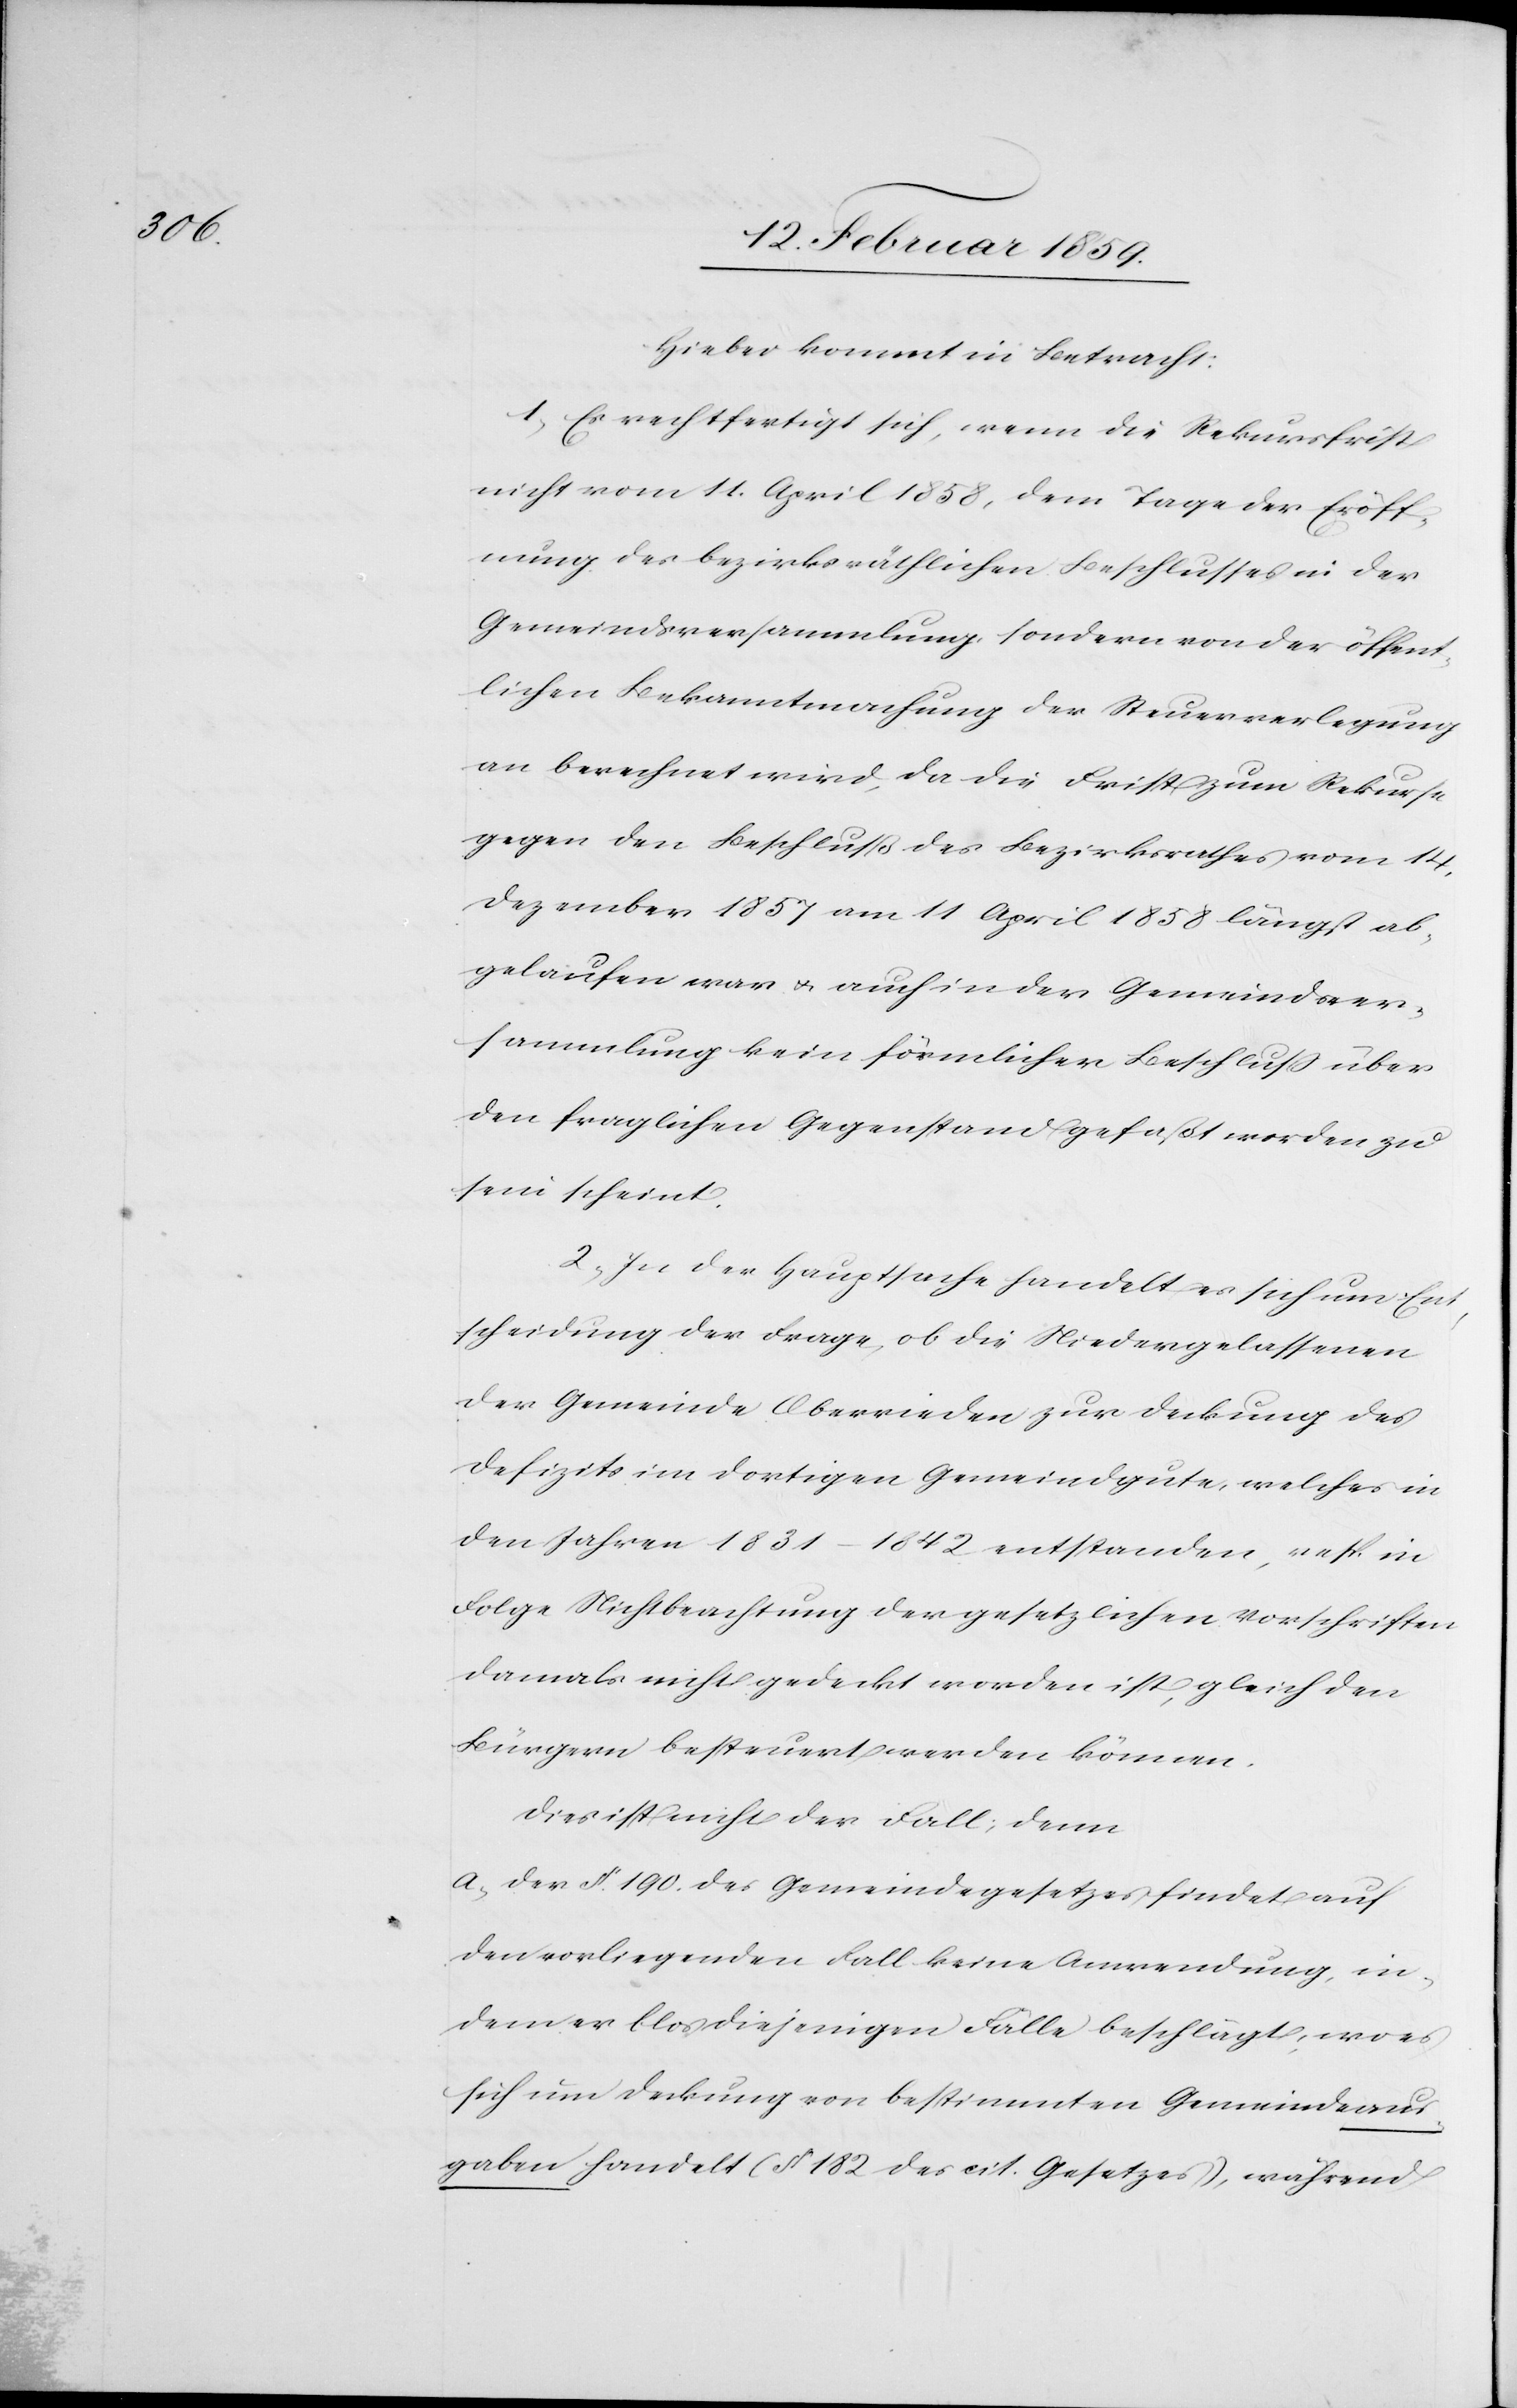
Hiebei kommt in Betracht:
1) Es rechtfertigt sich, wenn die Rekursfrist
nicht vom 11. April 1858, dem Tage der Eröff¬
nung des bezirksräthlichen Beschlusses in der
Gemeindsversammlung, sondern von der öffent¬
lichen Bekanntmachung der Steuerverlegung
an berechnet wird, da die Frist zum Rekurse
gegen den Beschluß des Bezirksrathes vom 14.
Dezember 1857 am 11 April 1858 längst ab¬
gelaufen war u. auch in der Gemeindsver¬
sammlung kein förmlicher Beschluß über
den fraglichen Gegenstand gefaßt worden zu
sein scheint.
2) In der Hauptsache handelt es sich um Ent¬
scheidung der Frage, ob die Niedergelassenen
der Gemeinde Oberrieden zur Deckung des
Defizits im dortigen Gemeindgute, welches in
den Jahren 1831–1842 entstanden, resp. in
Folge Nichtbeachtung der gesetzlichen Vorschriften
damals nicht gedeckt worden ist, gleich den
Bürgern besteuert werden können.
dies ist nicht der Fall; denn
a) der §. 190. des Gemeindegesetzes findet auf
den vorliegenden Fall keine Anwendung, in
dem er blos diejenigen Fälle beschlägt, wo es
sich um Deckung von bestimmten Gemeindeaus¬
gaben handelt (§ 182 des cit. Gesetzes), während